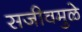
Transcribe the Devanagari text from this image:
सजीवमुळे